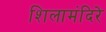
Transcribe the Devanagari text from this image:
शिलामंदिरे